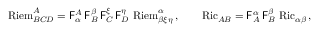
\operatorname { R i e m } ^ { A } _ { B C D } = \mathsf { F } _ { \alpha } ^ { A } \, \mathsf { F } _ { B } ^ { \beta } \, \mathsf { F } _ { C } ^ { \xi } \, \mathsf { F } _ { D } ^ { \eta } \, \operatorname { R i e m } ^ { \alpha } _ { \beta \xi \eta } \, , \qquad \operatorname { R i c } _ { A B } = \mathsf { F } _ { A } ^ { \alpha } \, \mathsf { F } _ { B } ^ { \beta } \, \operatorname { R i c } _ { \alpha \beta } \, ,